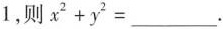
1，则$$x^{2}+y^{2}=___$$.